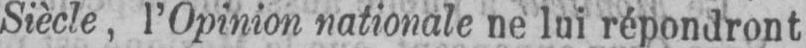
Siècle, l’Opinion nationale ne lui répondront